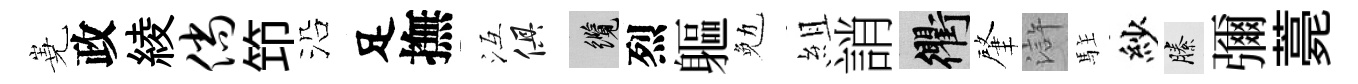
嶤政綾倘笻沿足撫冱俱纜烈軀勉組誚衢肇滸駐紗縢彌薧